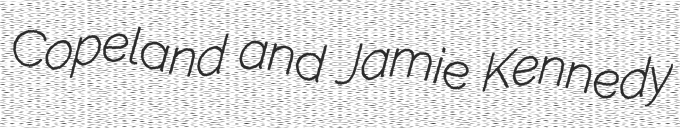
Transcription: Copeland and Jamie Kennedy